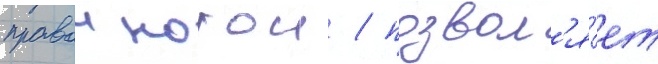
правои ногои / позвол'я́ет